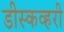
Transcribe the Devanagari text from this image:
डीस्कव्हरी